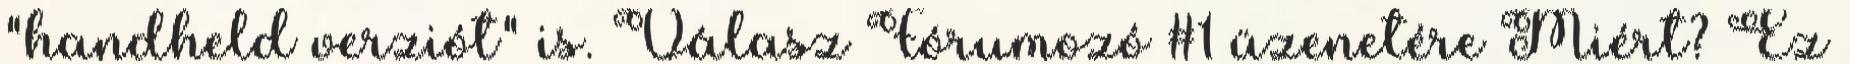
"handheld verziót" is. Válasz Fórumozó #1 üzenetére Miért? Ez